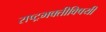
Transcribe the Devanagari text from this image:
राष्ट्रभक्तीविषयी